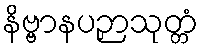
နိဗ္ဗာနပဉှာသုတ္တံ